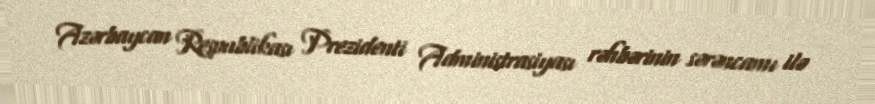
Azərbaycan Respublikası Prezidenti Administrasiyası rəhbərinin sərəncamı ilə